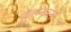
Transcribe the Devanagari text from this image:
कलमरम